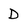
Character: D